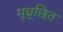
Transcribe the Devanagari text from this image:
मूच्र्छित